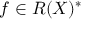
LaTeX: f \in R ( X ) ^ { * }